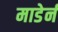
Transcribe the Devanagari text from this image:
माडेर्न